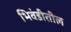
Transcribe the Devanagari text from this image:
भिवंडीतील